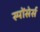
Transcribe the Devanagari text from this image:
स्पोंसेर्स